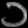
Digit: ၁